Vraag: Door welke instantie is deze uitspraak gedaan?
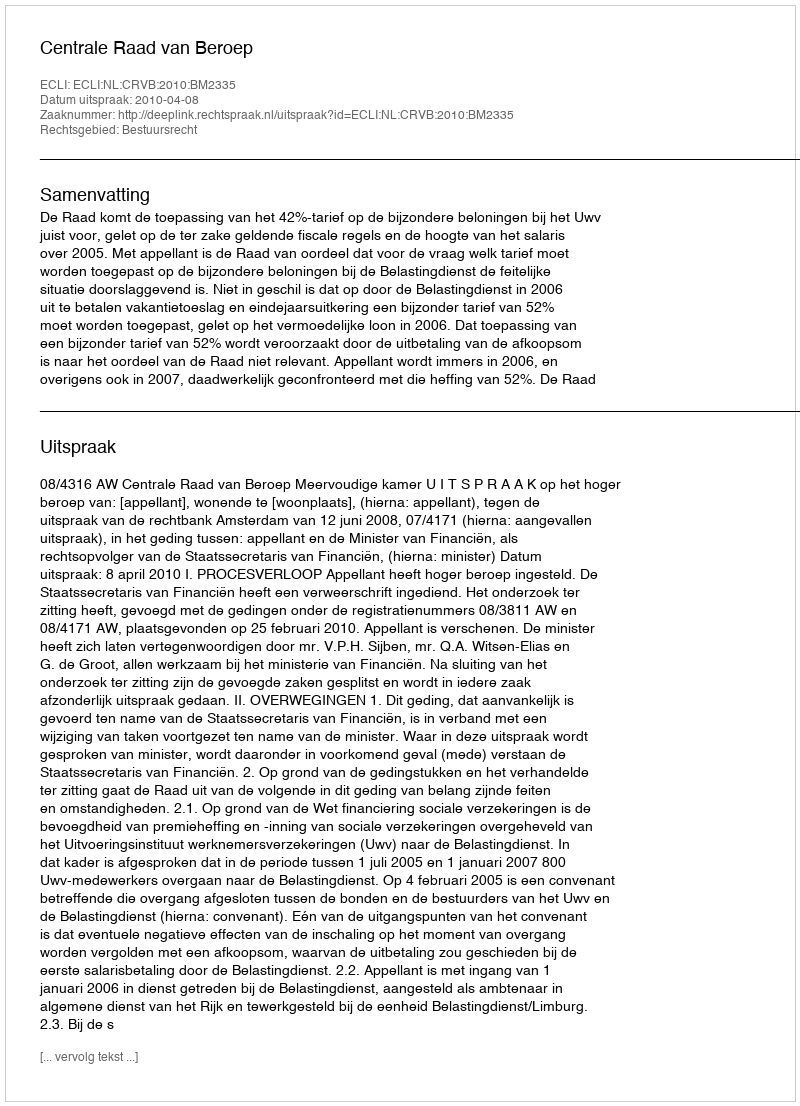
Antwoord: Centrale Raad van Beroep